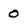
Character: 0